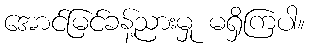
အောင်မြင်ခန့်ညားမှု မရှိကြပါ။